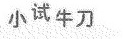
小试牛刀